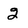
Character: 2